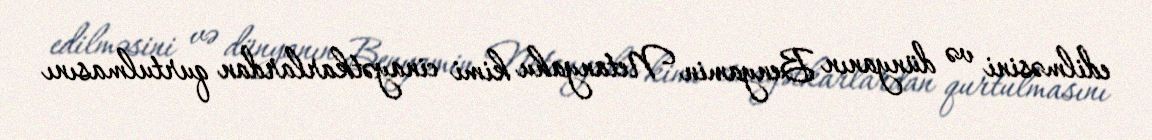
edilməsini və dünyanın Benyamin Netanyahu kimi cinayətkarlardan qurtulmasını